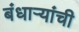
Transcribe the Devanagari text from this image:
बंधाऱ्यांची